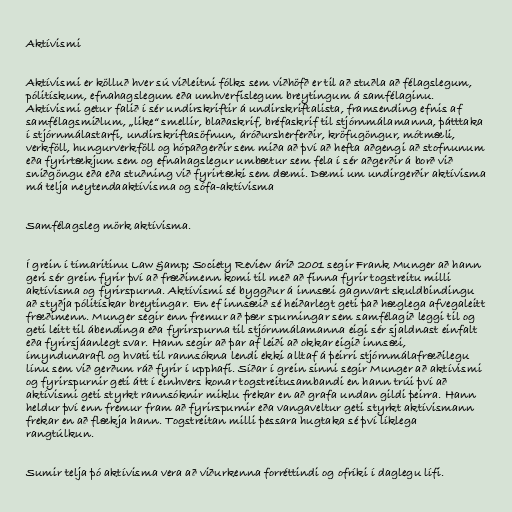
Aktívismi

Aktívismi er kölluð hver sú viðleitni fólks sem viðhöfð er til að stuðla að félagslegum,
pólitískum, efnahagslegum eða umhverfislegum breytingum á samfélaginu.
Aktívismi getur falið í sér undirskriftir á undirskriftalista, framsending efnis af
samfélagsmiðlum, „like“ smellir, blaðaskrif, bréfaskrif til stjórnmálamanna, þátttaka
í stjórnmálastarfi, undirskriftasöfnun, áróðursherferðir, kröfugöngur, mótmæli,
verkföll, hungurverkföll og hópaðgerðir sem miða að því að hefta aðgengi að stofnunum
eða fyrirtækjum sem og efnahagslegur umbætur sem fela í sér aðgerðir á borð við
sniðgöngu eða eða stuðning við fyrirtæki sem dæmi. Dæmi um undirgerðir aktívisma
má telja neytendaaktívisma og sófa-aktívisma

Samfélagsleg mörk aktívisma.

Í grein í tímaritinu Law &amp; Society Review árið 2001 segir Frank Munger að hann
geri sér grein fyrir því að fræðimenn komi til með að finna fyrir togstreitu milli
aktívisma og fyrirspurna. Aktívismi sé byggður á innsæi gagnvart skuldbindingu
að styðja pólitískar breytingar. En ef innsæið sé heiðarlegt geti það hæglega afvegaleitt
fræðimenn. Munger segir enn fremur að þær spurningar sem samfélagið leggi til og
geti leitt til ábendinga eða fyrirspurna til stjórnmálamanna eigi sér sjaldnast einfalt
eða fyrirsjáanlegt svar. Hann segir að þar af leiði að okkar eigið innsæi,
ímyndunarafl og hvati til rannsókna lendi ekki alltaf á þeirri stjórnmálafræðilegu
línu sem við gerðum ráð fyrir í upphafi. Síðar í grein sinni segir Munger að aktívismi
og fyrirspurnir geti átt í einhvers konar togstreitusambandi en hann trúi því að
aktívismi geti styrkt rannsóknir miklu frekar en að grafa undan gildi þeirra. Hann
heldur því enn fremur fram að fyrirspurnir eða vangaveltur geti styrkt aktívismann
frekar en að flækja hann. Togstreitan milli þessara hugtaka sé því líklega
rangtúlkun.

Sumir telja þó aktívisma vera að viðurkenna forréttindi og ofríki í daglegu lífi.